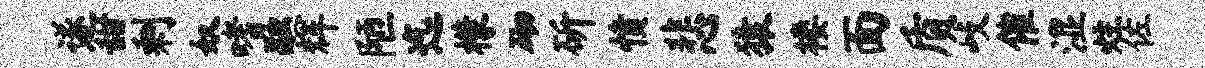
遂甜剩奴嗜融辉陋迄檬砌斫愤悲猿楼面质歧催湿炷佐